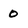
Character: 0